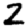
Digit: 2